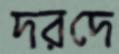
দরদে